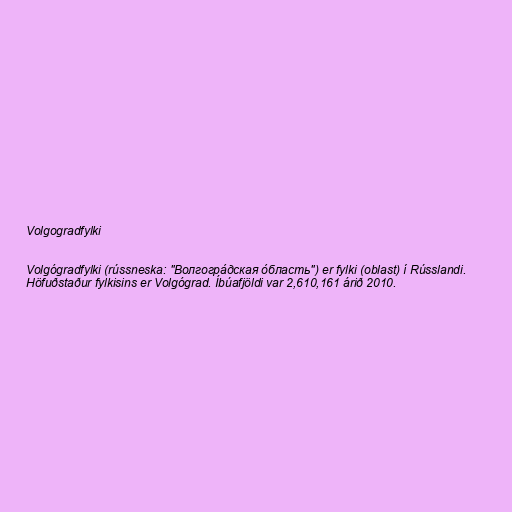
Volgogradfylki

Volgógradfylki (rússneska: "Волгогра́дская о́бласть") er fylki (oblast) í Rússlandi.
Höfuðstaður fylkisins er Volgógrad. Íbúafjöldi var 2,610,161 árið 2010.